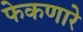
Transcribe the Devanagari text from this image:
फेकणारे